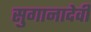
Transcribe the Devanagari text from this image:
सुगानादेवी